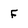
Character: F